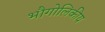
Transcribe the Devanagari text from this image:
भौगोलिकीय